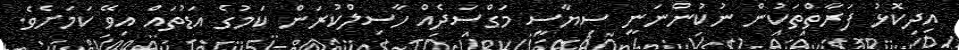
އިދިކޮޅު ފަރާތްތަކުން ނުކުންނަނީ ސިޔާސީ މަގްސަދެއް ހާސިލްކުރަން ކަމުގެ އަޑުތައް އިވޭ ކަމަށެވެ.